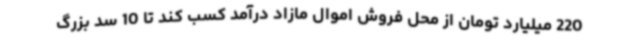
220 میلیارد تومان از محل فروش اموال مازاد درآمد کسب کند تا 10 سد بزرگ